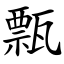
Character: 㼼